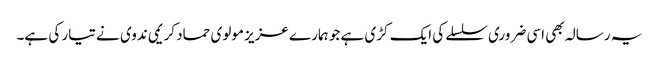
یہ رسالہ بھی اسی ضروری سلسلے کی ایک کڑی ہے جو ہمارے عزیز مولوی حماد کریمی ندوی نے تیار کی ہے۔